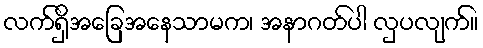
လက်ရှိအခြေအနေသာမက၊ အနာဂတ်ပါ လှပလျက်။